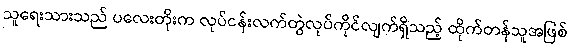
သူရေးသားသည် ပလေးတိုးက လုပ်ငန်းလက်တွဲလုပ်ကိုင်လျက်ရှိသည့် ထိုက်တန်သူအဖြစ်